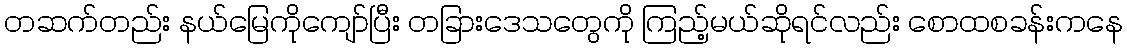
တဆက်တည်း နယ်မြေကိုကျော်ပြီး တခြားဒေသတွေကို ကြည့်မယ်ဆိုရင်လည်း စောထစခန်းကနေ